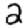
Digit: 2